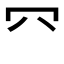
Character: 㓁